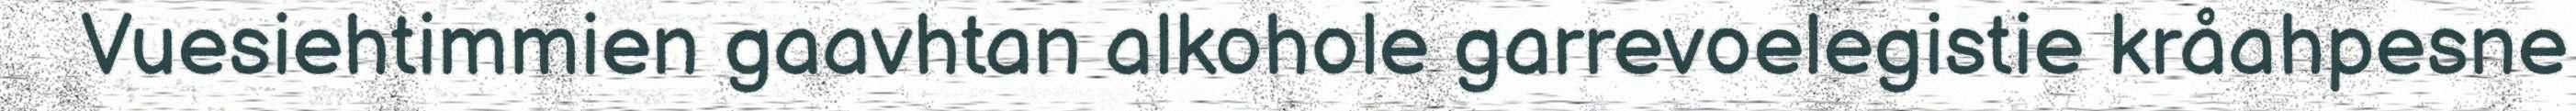
Vuesiehtimmien gaavhtan alkohole garrevoelegistie kråahpesne